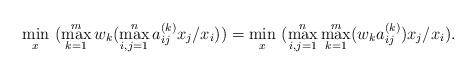
LaTeX: \begin{align*}\min_{x}\ (\max_{k=1}^{m}w_{k}(\max_{i,j=1}^{n}a_{ij}^{(k)}x_{j}/x_{i}))=\min_{x}\ (\max_{i,j=1}^{n}\max_{k=1}^{m}(w_{k}a_{ij}^{(k)})x_{j}/x_{i}).\end{align*}